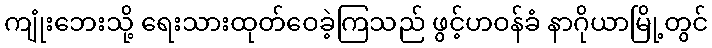
ကျုံးဘေးသို့ ရေးသားထုတ်ဝေခဲ့ကြသည် ဖွင့်ဟဝန်ခံ နာဂိုယာမြို့တွင်